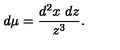
d \mu = { \frac { d ^ { 2 } x \ d z } { z ^ { 3 } } } .